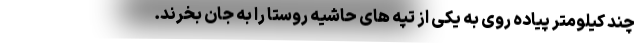
چند کیلومتر پیاده روی به یکی از تپه های حاشیه روستا را به جان بخرند.